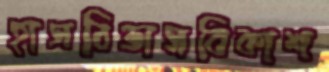
হাসবিভাসবিকাশ